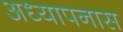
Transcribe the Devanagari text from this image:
अध्यापनास